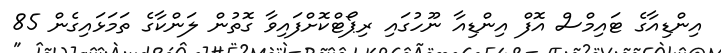
އިންޑިއާގެ ޓައިމްސް އޮފް އިންޑިއާ ނޫހުގައި ރިޕޯޓްކޮށްފައިވާ ގޮތުން ލަންކާގެ ތަމަޅައިގެން 85